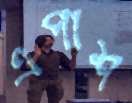
এপাশ